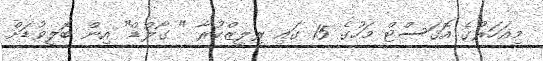
މިއަހަރުގެ އޮގަސްޓް މަހުގެ 15 ގައި ރިލީޒްކުރާ " ގޯލްޑް" އިން ބޮލީވުޑަށް